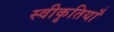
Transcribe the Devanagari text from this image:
स्वीकृतियाँ